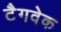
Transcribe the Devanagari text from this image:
टैगवेक